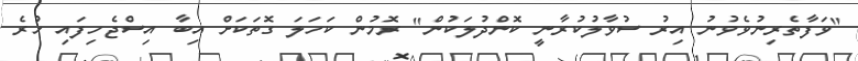
"ވަފާތެރިނުވެވުނު އިރު ސުވާލުކުރާނީ ކޮންދުލަކުން" ރޮމުން ކަހަލަ ގޮތަކަށް އިބާ އިސްޖެހިފައި ހުރެ